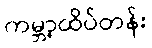
ကမ္ဘာ့ထိပ်တန်း